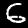
Label: 6